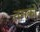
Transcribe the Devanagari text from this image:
तमको